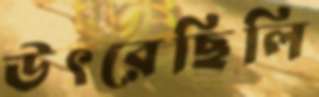
উৎরেছিলি